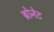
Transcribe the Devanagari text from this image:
ब्रोनेट